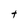
Character: t